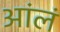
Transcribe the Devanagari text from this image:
आंलं